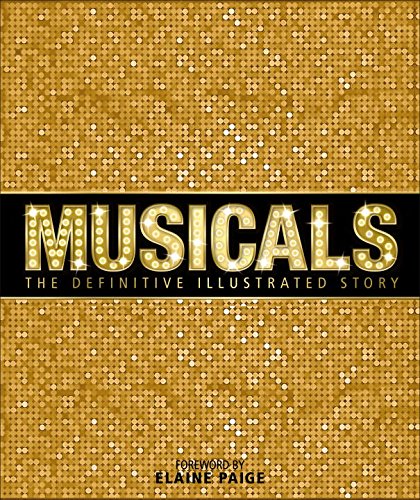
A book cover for Musicals: The Definitive Illustrated Story; DK Publishing; Humor & Entertainment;